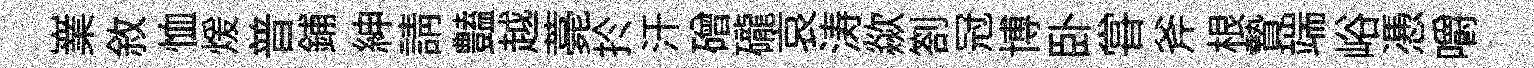
嶪敘恤煖普鋪紳請𧰟越薧扵汗磳礲哀涛歘劄冠博卧甞斧根贄端峪慿嚼